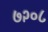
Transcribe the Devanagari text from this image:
७२०८